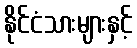
နိုင်ငံသားများနှင့်